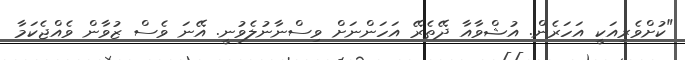
"ކުށްވެރިއަކީ އަހަރެން. އުޝްވާއާ ދޭތެރޭ އަހަންނަށް ވިސްނާނުލެވުނީ. އޭނަ ވެސް ޒުވާން ވެއްޖެކަމާ